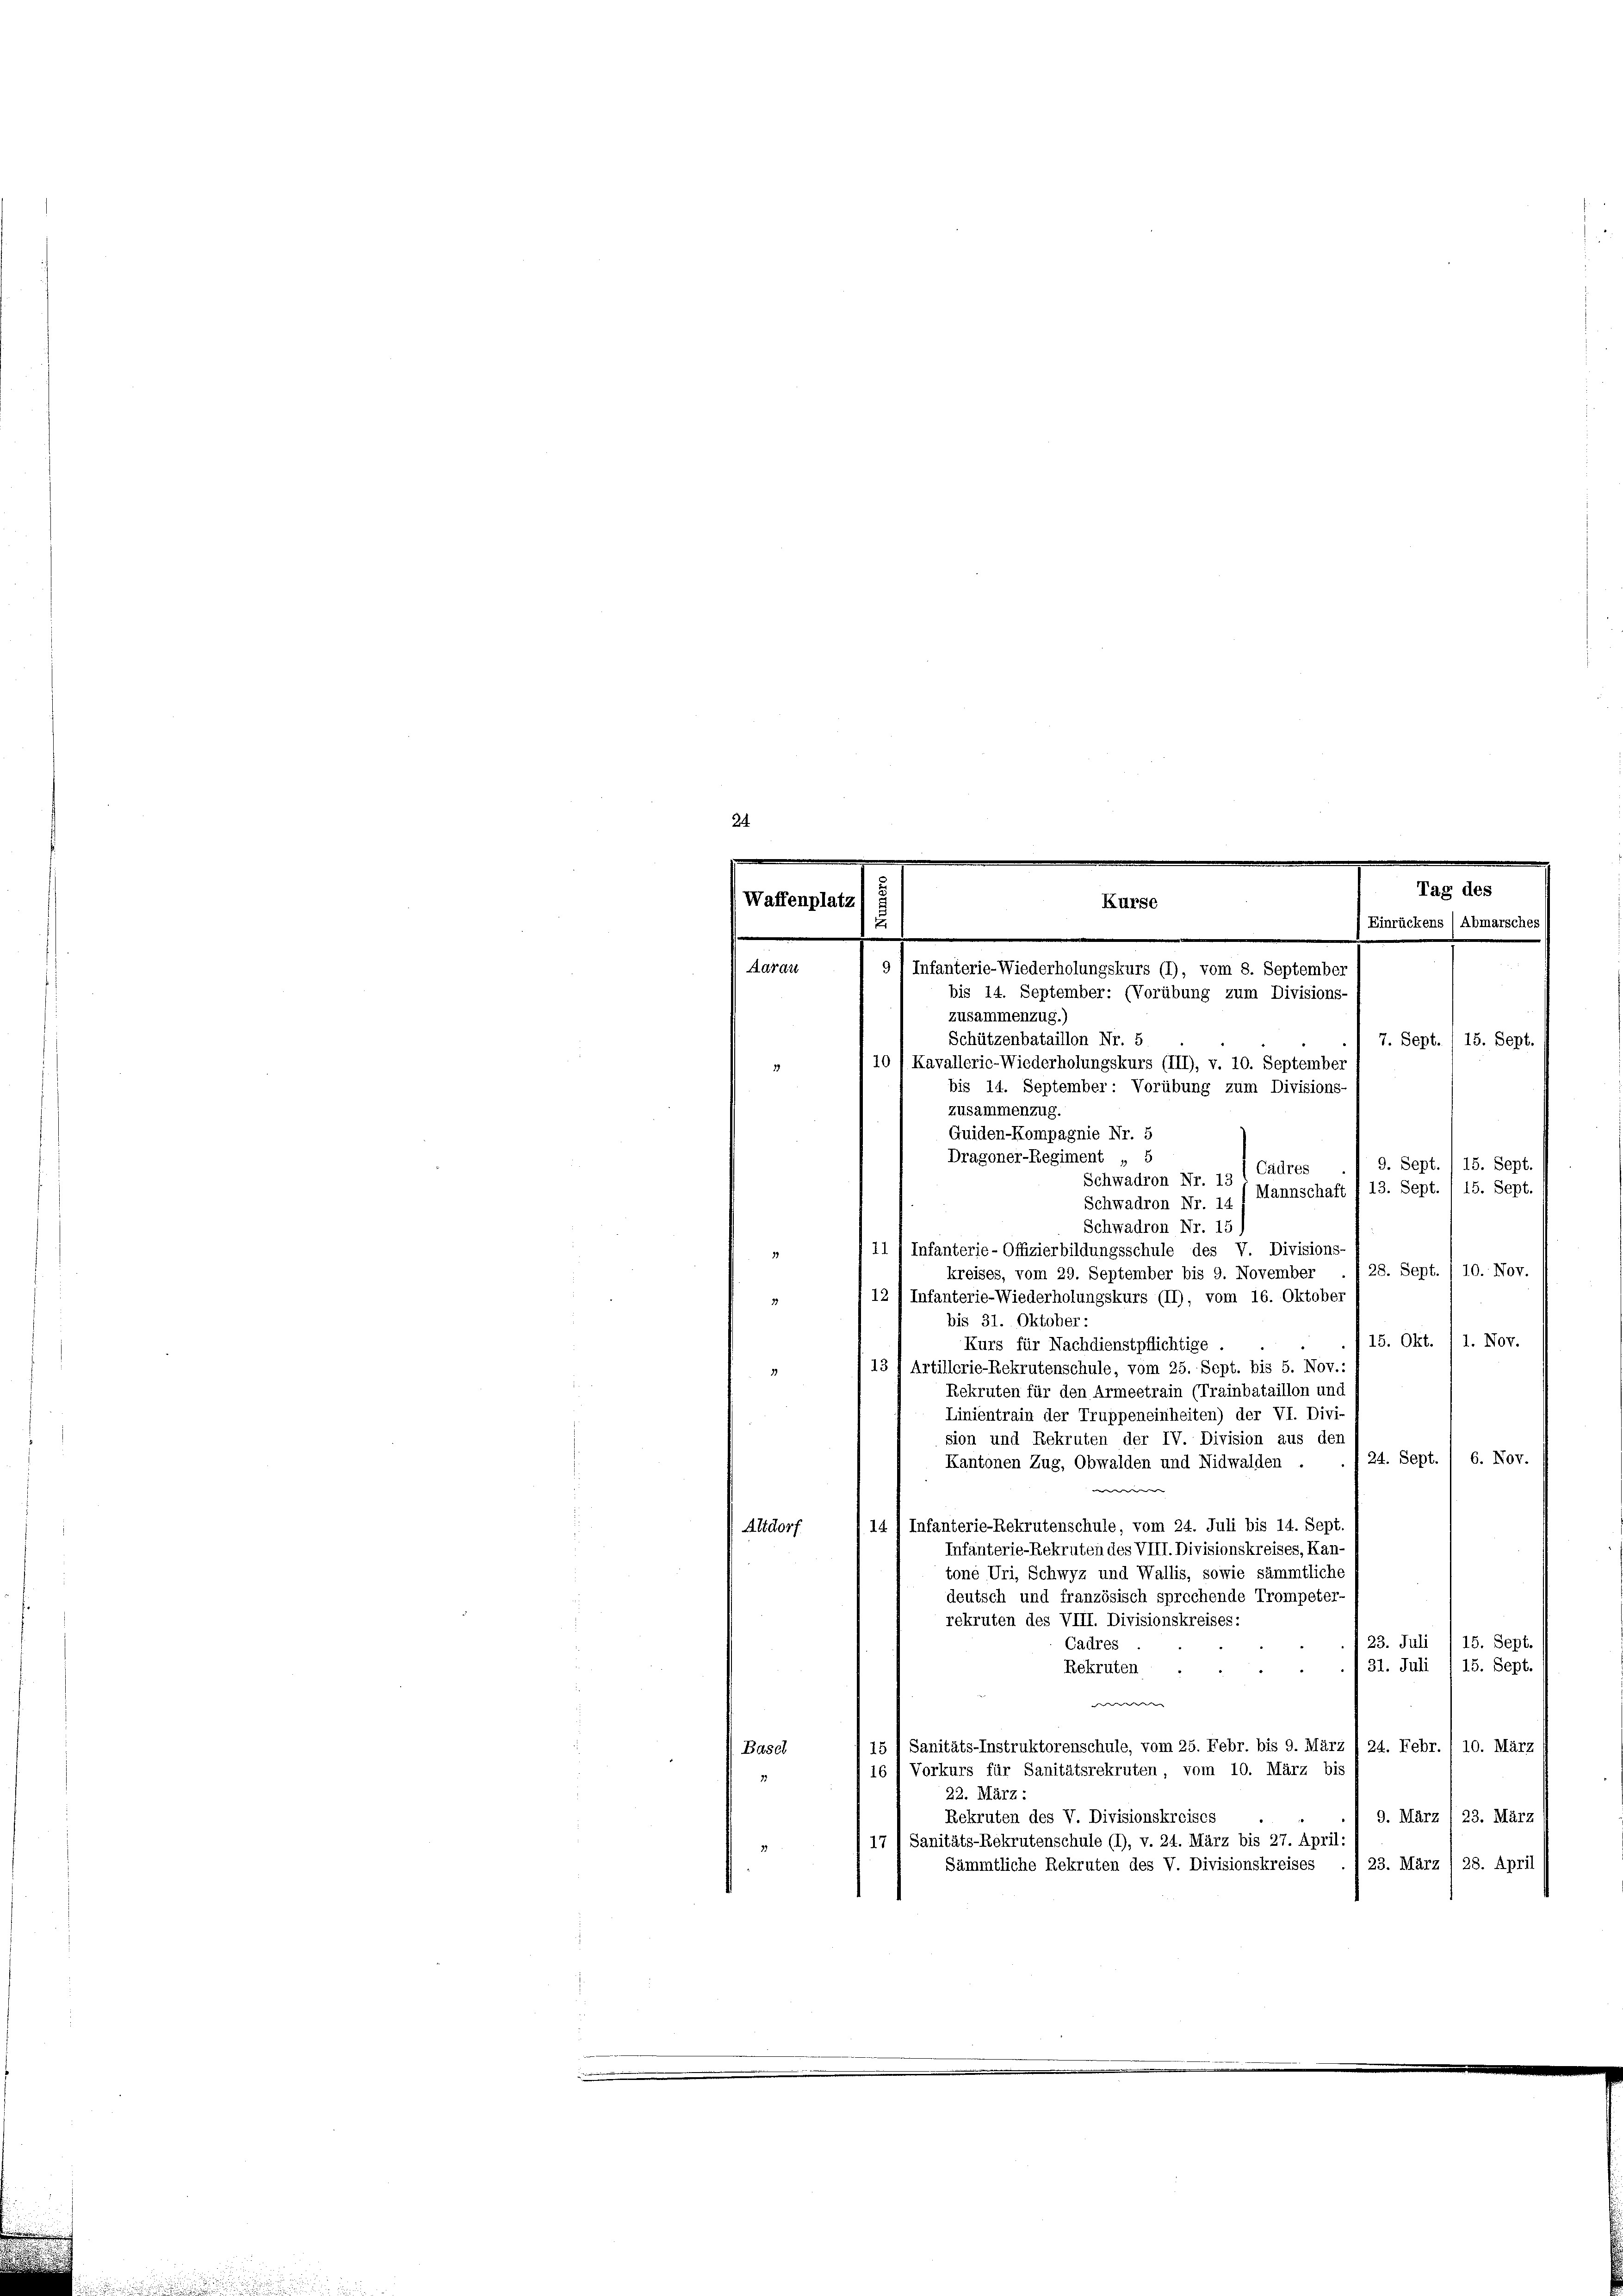
bis 14. September: (Vorübung zum Divisions
zusammenzug.)
Schützenbataillon Nr. 5
7. Sept. / 15. Sept.
10 / Kavalleric-Wiederholungskurs (III), v. 10. September
bis 14. September: Vorübung zum Divisions-
zusammenzug.
Quiden-Kompagnie Nr. 5
Dragoner-Regiment „ 5
9. Sept. / 15. Sept.
Cadres
Schwadron Nr. 13
15. Sept.
Schwadron Nr. 14 1 Mannschaft I 13. Sept.
Schwadron Nr. 15)
II / Infanterie-Offizierbildungsschule des V. Divisions
 28. Sept./10. Nov.
kreises, vom 29. September bis 9. November
12) Infanterie-Wiederholungskurs (II), vom 16. Oktober
12
bis 31. Oktober:
15. Okt. 11. Nov.
Kurs für Nachdienstpflichtige.
131 Artillerie-Rekrutenschule, vom 25. Sept. bis 5. Nov.:
Rekruten für den Armeetrain (Trainbataillon und
Linientrain der Truppeneinheiten) der VI. Divi-
sion und Rekruten der IV. Division aus den
 24. Sept. / 6. Nov.
Kantonen Zug, Obwalden und Nidwalden
werer |
14 / Infanterie-Rekrutenschule, vom 24. Juli bis 14. Sept.
Altdorf
Infanterie-Rekruten des VIII. Divisionskreises, Kan-
tone Uri, Schwyz und Wallis, sowie sämmtliche
deutsch und französisch sprechende Trompeter-
rekruten des VIII. Divisionskreises:
23. Juli
15. Sept.
Cadres
31. Juli 1 15. Sept.
Rekruten
e
15) Sanitäts-Instruktorenschule, vom 25. Febr. bis 9. März / 24. Febr. /10. März
Basel
16 / Vorkurs für Sanitätsrekruten, vom 10. März bis
22. März :
9. März / 23. März
Rekruten des V. Divisionskreises
17 l Sanitäts-Rekrutenschule (1), v. 24. März bis 27. April:
23. März /28. April
Sämmtliche Rekruten des V. Divisionskreises

Aarau

Waffenplatz

Kurse
 9) Infanterie-Wiederholungskurs (1), vom 8. September

Tag des
Einrückens ( Abmarsches